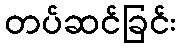
တပ်ဆင်ခြင်း